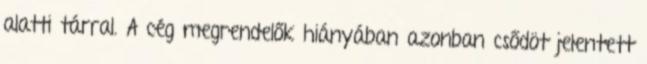
alatti tárral. A cég megrendelők hiányában azonban csődöt jelentett